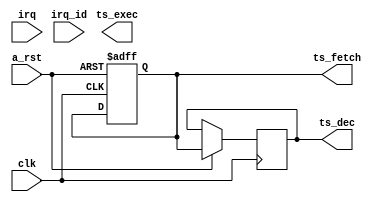
module tasks(
    input wire              clk,    // Clock Signal
    input wire            a_rst,    // Async Reset
    input wire              irq,    // Interrupt Request
    input wire[2:0]      irq_id,    // Interrupt Request ID
    output wire        ts_fetch,    // Task Selector Fetch
    output wire          ts_dec,    // Task Selector Decode
    output wire         ts_exec     // Task Selector Execute
);

reg ts_reg;
reg ts_dec_reg;
reg ts_exec_reg;

always @(posedge clk or negedge a_rst) begin
    if (~a_rst) begin
        ts_reg <= 1'b0;
    end else begin
        ts_exec_reg <= ts_dec_reg;
        ts_dec_reg <= ts_reg;
        ts_reg <= ts_reg;
    end
end

reg irq_enable;

always @(posedge clk or negedge a_rst) begin
    if (~a_rst) begin
        irq_enable <= 1'b0;
    end else begin
        irq_enable <= irq_enable & ~irq;
    end
end

assign ts_fetch = ts_reg;
assign ts_dec = ts_dec_reg;
assign ts_exec_reg = ts_exec_reg;

endmodule